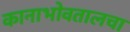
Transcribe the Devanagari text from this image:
कानाभोवतालचा